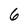
Character: 6